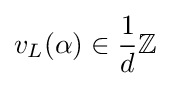
v_{L}(\alpha )\in {1 \over d}\mathbb {Z}